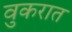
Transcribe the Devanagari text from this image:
वुकरात